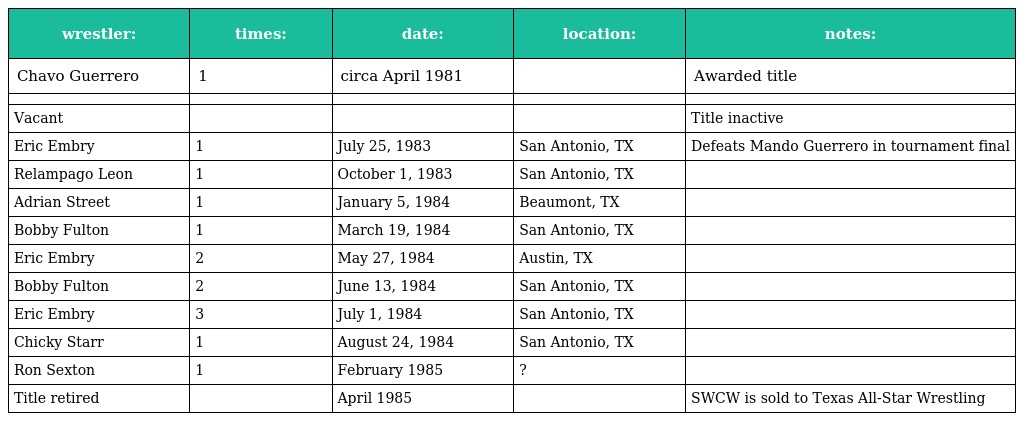
| wrestler: | times: | date: | location: | notes: |
 | --- | --- | --- | --- | --- |
 | Chavo Guerrero | 1 | circa April 1981 |  | Awarded title |
 |  |  |  |  |  |
 | Vacant |  |  |  | Title inactive |
 | Eric Embry | 1 | July 25, 1983 | San Antonio, TX | Defeats Mando Guerrero in tournament final |
 | Relampago Leon | 1 | October 1, 1983 | San Antonio, TX |  |
 | Adrian Street | 1 | January 5, 1984 | Beaumont, TX |  |
 | Bobby Fulton | 1 | March 19, 1984 | San Antonio, TX |  |
 | Eric Embry | 2 | May 27, 1984 | Austin, TX |  |
 | Bobby Fulton | 2 | June 13, 1984 | San Antonio, TX |  |
 | Eric Embry | 3 | July 1, 1984 | San Antonio, TX |  |
 | Chicky Starr | 1 | August 24, 1984 | San Antonio, TX |  |
 | Ron Sexton | 1 | February 1985 | ? |  |
 | Title retired |  | April 1985 |  | SWCW is sold to Texas All-Star Wrestling |